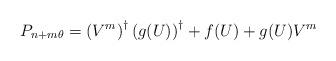
LaTeX: \begin{align*}P_{n+m\theta }=\left( V^{m}\right) ^{\dagger }\left( {g}(U)\right) ^{\dagger}+f(U)+g(U)V^{m}\end{align*}